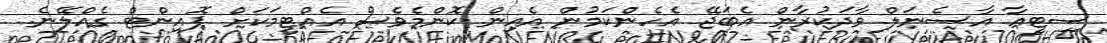
ސިޓީއާ އާސެނަލް ވާދަކުރާން އެބަޖޭ އެހެންކަމުން އެއިން ކޮންމެވެސް އެއްޓީމަކަށް ޕޮއިންޓް ގެއްލޭނެ.